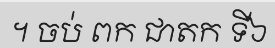
។ ចប់ ពក ជាតក ទី៦